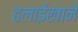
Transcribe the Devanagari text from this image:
ढलाईखाने